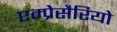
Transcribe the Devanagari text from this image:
एम्प्रेसैरियो